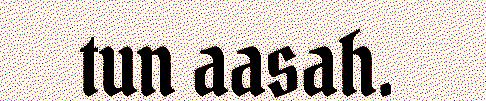
tun aasah.